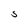
Character: S